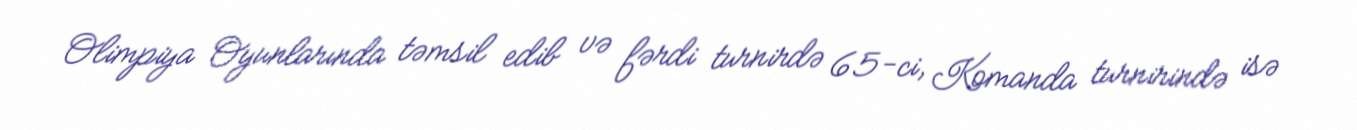
Olimpiya Oyunlarında təmsil edib və fərdi turnirdə 65-ci, Komanda turnirində isə